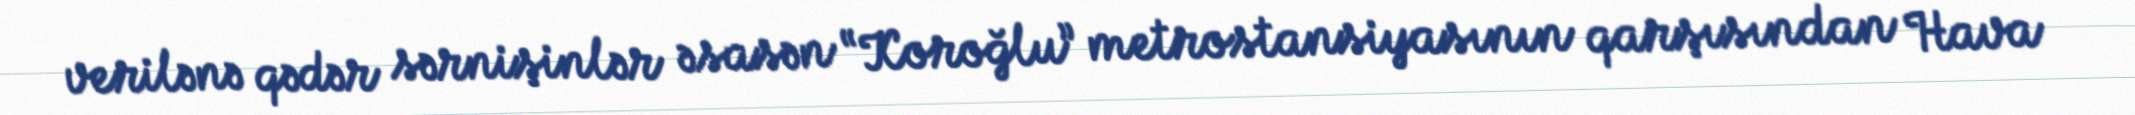
verilənə qədər sərnişinlər əsasən “Koroğlu” metrostansiyasının qarşısından Hava